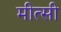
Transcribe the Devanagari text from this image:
मीत्सी